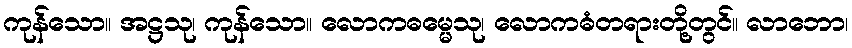
ကုန်သော။ အဋ္ဌသု၊ ကုန်သော။ လောကဓမ္မေသု၊ လောကဓံတရားတို့တွင်။ လာဘော၊